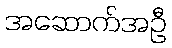
အဆောက်အဦ